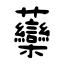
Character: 虊